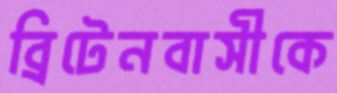
ব্রিটেনবাসীকে